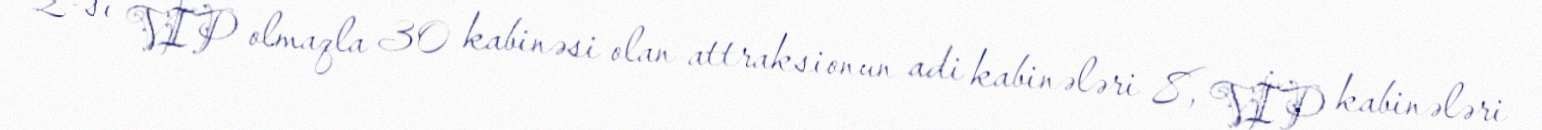
2-si VİP olmaqla 30 kabinəsi olan attraksionun adi kabinələri 8, VİP kabinələri